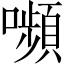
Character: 嚬